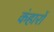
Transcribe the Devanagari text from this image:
कंहारों